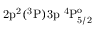
\mathrm { 2 p ^ { 2 } ( ^ { 3 } P ) 3 p ~ ^ { 4 } P _ { 5 / 2 } ^ { o } }